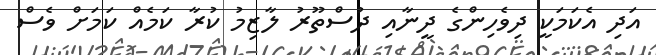
އަދި އެކަމަކީ ދިވެހިންގެ ދީނާއި ދުސްތޫރު ލާޒިމު ކުރާ ކަމެއް ކަމަށް ވެސް